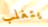
يتغلب